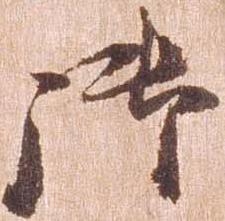
御